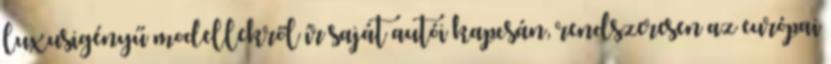
luxusigényű modellekről ír saját autói kapcsán, rendszeresen az európai